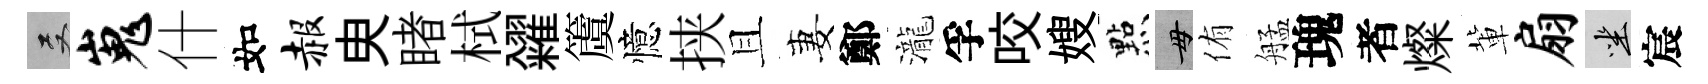
双嵬什如赧㬰睹栻糴𥵂憶挟且妻鄭瀧孚咬嫂㸃毋侑艋瑰者燦軰扇坐宸